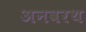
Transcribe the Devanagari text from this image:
अनवरथ